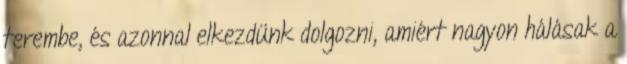
terembe, és azonnal elkezdünk dolgozni, amiért nagyon hálásak a